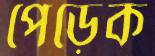
পেড়েক